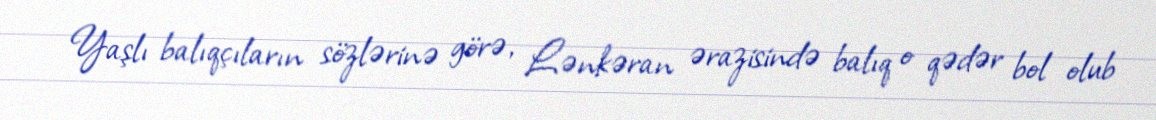
Yaşlı balıqçıların sözlərinə görə, Lənkəran ərazisində balıq o qədər bol olub